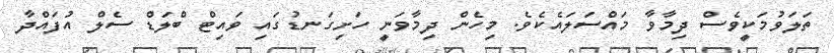
ތަލަވުމަކީވެސް ދިމާވާ މައްސަލައެކެވެ. މިހެން ދިމާވަނީ ހަށިގަނޑުގައި ވައިޓް ބްލަޑް ސެލް އުފައްދާ